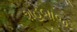
શહબાજ